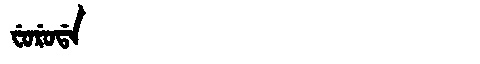
Manchu: ᠸᡠᡵᡠᡩᠠ
Romanization: FURUDA